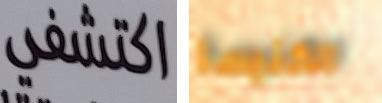
اكتشفي الكنيسة